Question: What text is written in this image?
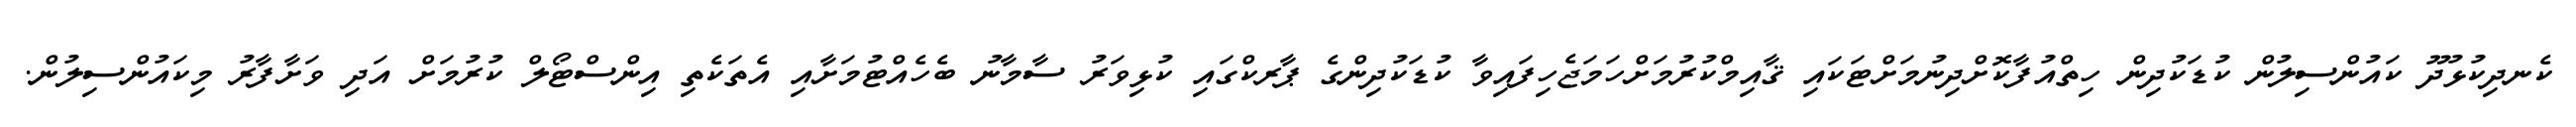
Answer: ކެނދިކުޅުދޫ ކައުންސިލުން ކުޑަކުދިން ހިތްއުފާކޮށްދިނުމަށްޓަކައި ޤާއިމްކުރުމަށްހަމަޖެހިފައިވާ ކުޑަކުދިންގެ ޕާރކްގައި ކުޅިވަރު ސާމާނު ބެހެއްޓުމަށާއި އެތަކެތި އިންސްޓޯލް ކުރުމަށް އަދި ވަށާފާރު މިކައުންސިލުން.